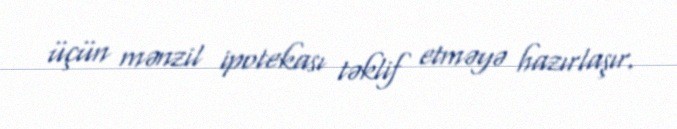
üçün mənzil ipotekası təklif etməyə hazırlaşır.